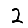
Digit: 2